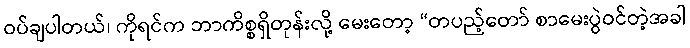
ဝပ်ချပါတယ်၊ ကိုရင်က ဘာကိစ္စရှိတုန်းလို့ မေးတော့ “တပည့်တော် စာမေးပွဲဝင်တဲ့အခါ